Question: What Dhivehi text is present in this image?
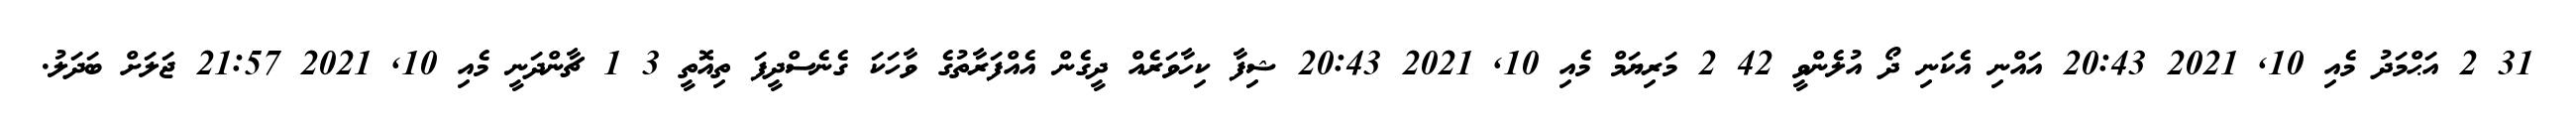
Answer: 31 2 އަޙްމަދު މެއި 10, 2021 20:43 އައްނި އެކަނި ދޯ އުލެންވީ 42 2 މަރިޔަމް މެއި 10, 2021 20:43 ޝިފާ ކިހާވަރެއް ދީގެން އެއްފަރާތުގެ ވާހަކަ ގެނެސްދީފަ ތިއޮތީ 3 1 ޗާންދަނީ މެއި 10, 2021 21:57 ޖަލަށް ބަދަލު.